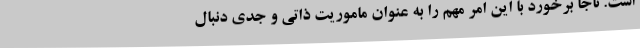
است. ناجا برخورد با این امر مهم را به عنوان ماموریت ذاتی و جدی دنبال